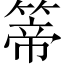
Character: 𥰆